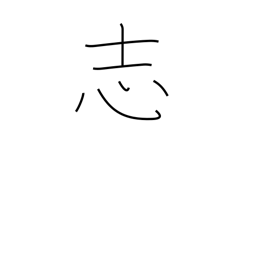
Meaning: shilling